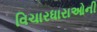
વિચારધારાઓની